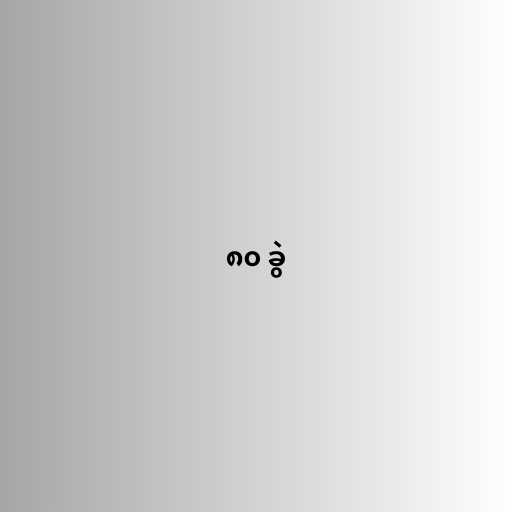
၈၀ ခွဲ